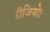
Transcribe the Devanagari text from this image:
रीजियो।